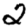
Digit: 2